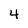
Character: 4